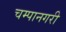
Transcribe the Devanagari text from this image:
चम्पानगरी